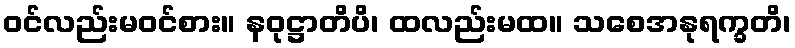
ဝင်လည်းမဝင်စား။ နဝုဋ္ဌာတိပိ၊ ထလည်းမထ။ သစေအနုရက္ခတိ၊